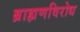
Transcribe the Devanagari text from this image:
ब्राह्मणविरोध